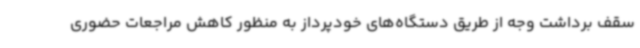
سقف برداشت وجه از طریق دستگاه‌های خودپرداز به منظور کاهش مراجعات حضوری